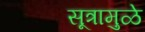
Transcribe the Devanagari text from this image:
सूत्रामुळे